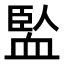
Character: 𧗄